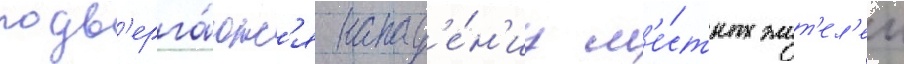
подв'ерга́ютс'я напад'е́н'иу м'е́стных жит'ел'еи